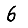
Digit: 6